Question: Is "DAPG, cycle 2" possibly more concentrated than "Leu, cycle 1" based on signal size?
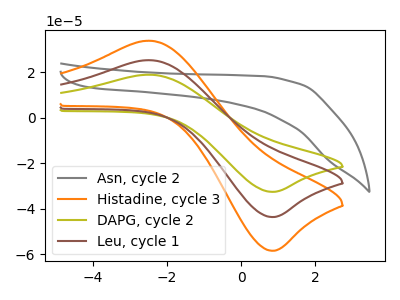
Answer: <think>The gray curve "Asn, cycle 2" has no peaks. The orange curve "Histadine, cycle 3" has an anodic peak at (-2.50V, 50.45uA) and a cathodic peak at (0.80V, -87.50uA). The olive curve "DAPG, cycle 2" has an anodic peak at (-2.50V, 18.85uA) and a cathodic peak at (0.80V, -32.65uA). The brown curve "Leu, cycle 1" has an anodic peak at (-2.50V, 25.25uA) and a cathodic peak at (0.80V, -43.75uA).
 All the peaks in "DAPG, cycle 2" have a peak in "Leu, cycle 1" at the same potential. Every peak in "DAPG, cycle 2" is lower than every peak in "Leu, cycle 1".</think>
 <answer>"DAPG, cycle 2" has less signal than "Leu, cycle 1".</answer>
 <eval>less_signal</eval>